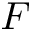
\boldsymbol F